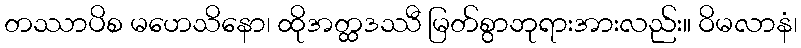
တဿာပိစ မဟေသိနော၊ ထိုအတ္ထဒဿီ မြတ်စွာဘုရားအားလည်း။ ဝိမလာနံ၊